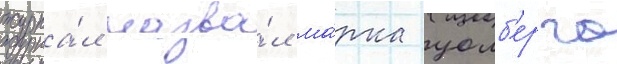
журна́л назва́л ма́рка уолб'ерга